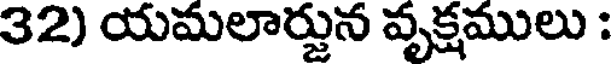
32) యమలార్జున వృక్షములు :